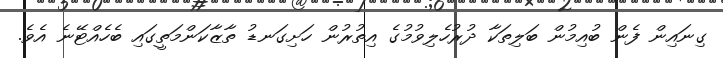
ގިނައިން ފެން ބުއިމުން ބަލިތަކާ ދުރުހެލިވުމުގެ އިތުރުން ހަށިގަނޑު ތާޒާކަންމަތީގައި ބެހެއްޓޭނެ އެވެ.